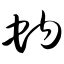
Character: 蚋